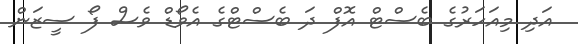
އަދި މިއަހަރުގެ ބެސްޓް އޮފް ދަ ބެސްޓްގެ އެވޯޑް ވެސް ފޯ ސީޒަން